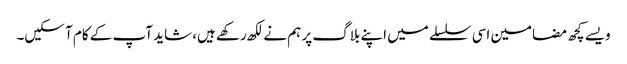
ویسے کچھ مضامین اسی سلسلے میں اپنے بلاگ پر ہم نے لکھ رکھے ہیں، شاید آپ کے کام آ سکیں۔